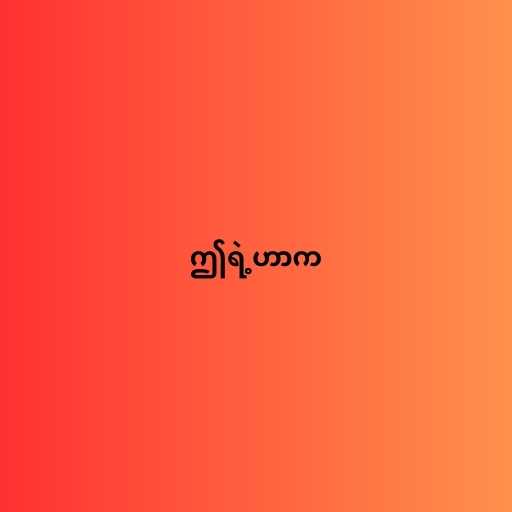
ဤရဲ့ဟာက